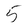
Character: 5